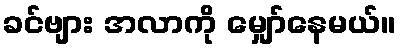
ခင်ဗျား အလာကို မျှော်နေမယ်။